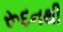
રૂદનથી